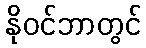
နိုဝင်ဘာတွင်